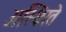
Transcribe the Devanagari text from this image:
अस्थिरते